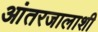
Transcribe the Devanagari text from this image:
आंतरजालाशी